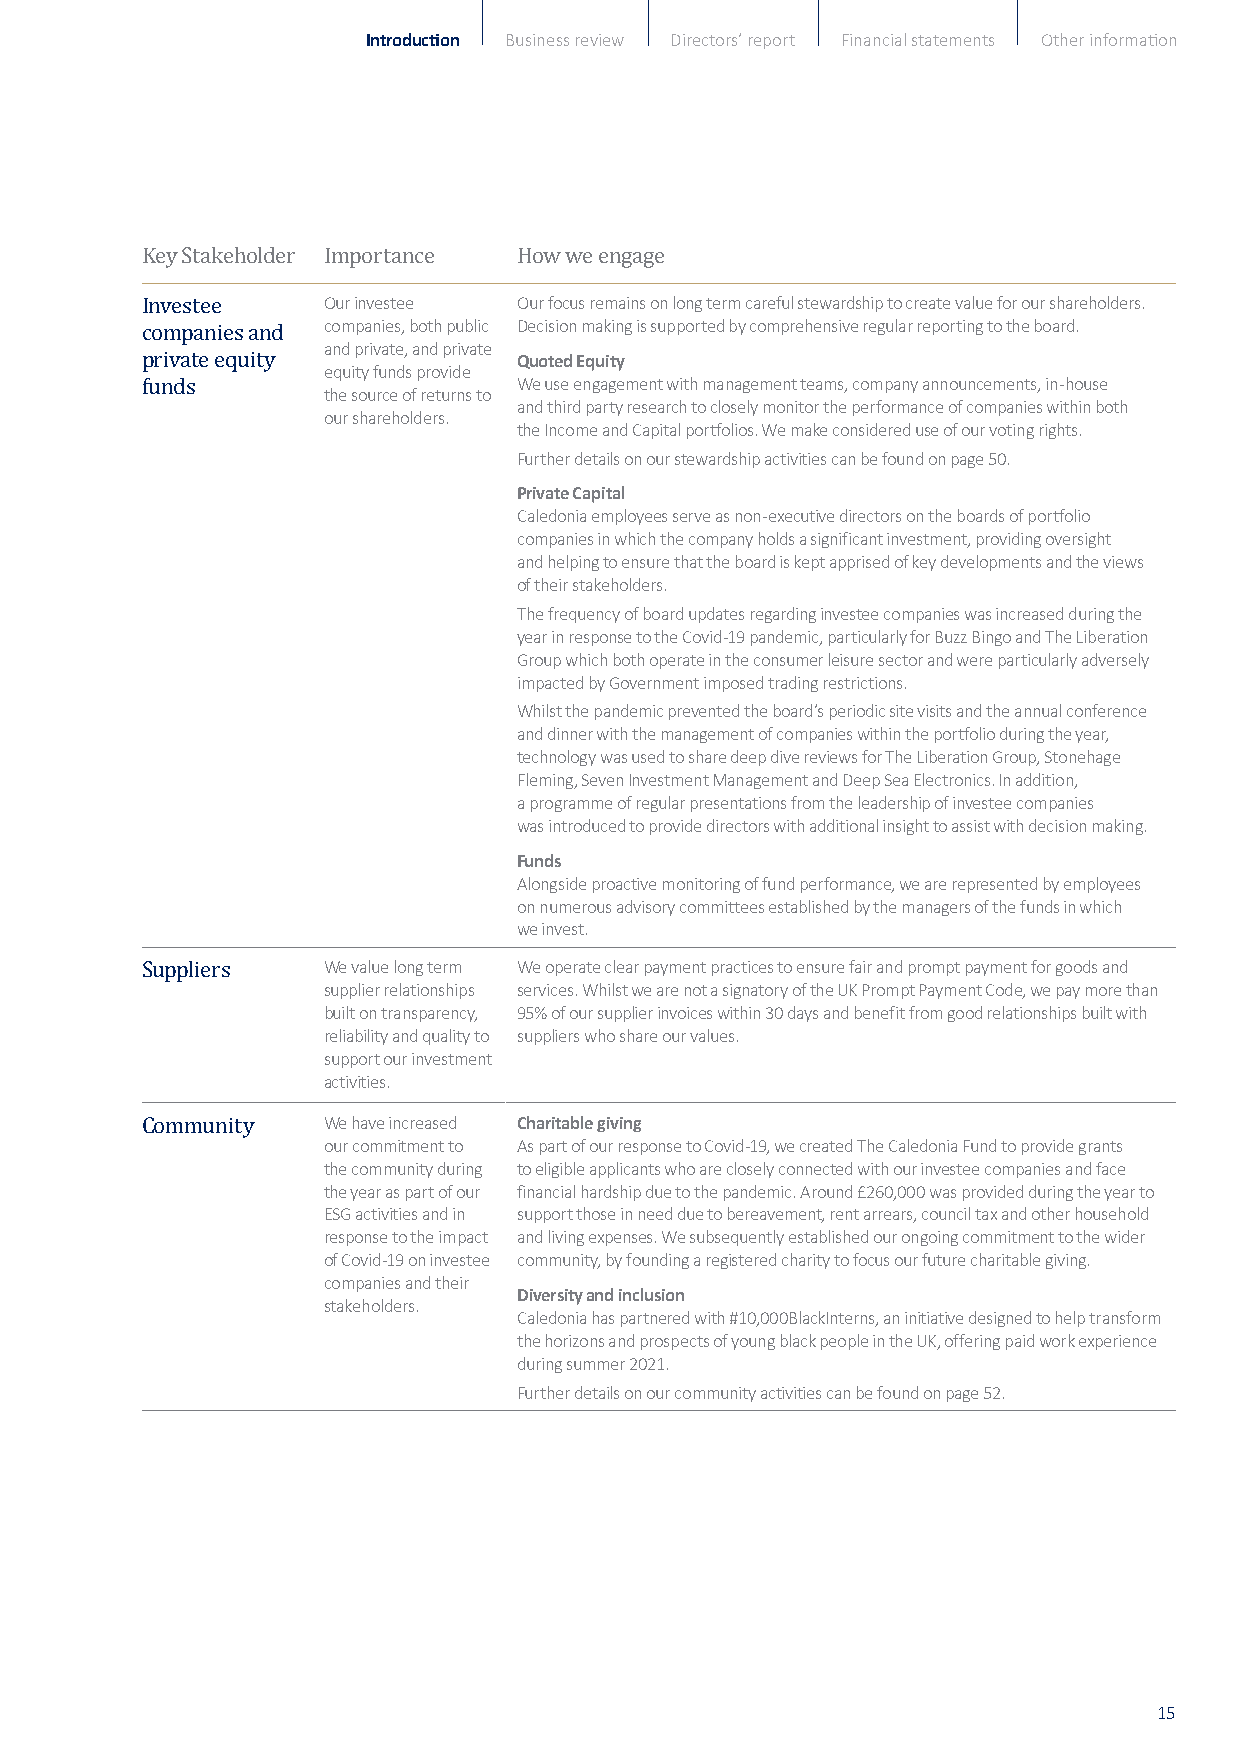
Introduction Business review Directors’ report Financial statements Other information
 Key Stakeholder IOmurp inovretstaenec e HOuorw fo cwuse r eemnaginasg oen long term careful stewardship to create value for our shareholders.
 companies, both public Decision making is supported by comprehensive regular reporting to the board.
 and private, and private
 Investee
 Quoted Equity
 equity funds provide
 companies and            We use engagement with management teams, company announcements, in-house
 the source of returns to
 private equity           and third party research to closely monitor the performance of companies within both
 our shareholders.
 the Income and Capital portfolios. We make considered use of our voting rights.
 funds
 Further details on our stewardship activities can be found on page 50.
 Private Capital
 Caledonia employees serve as non-executive directors on the boards of portfolio
 companies in which the company holds a significant investment, providing oversight
 and helping to ensure that the board is kept apprised of key developments and the views
 of their stakeholders.
 The frequency of board updates regarding investee companies was increased during the
 year in response to the Covid-19 pandemic, particularly for Buzz Bingo and The Liberation
 Group which both operate in the consumer leisure sector and were particularly adversely
 impacted by Government imposed trading restrictions.
 Whilst the pandemic prevented the board’s periodic site visits and the annual conference
 and dinner with the management of companies within the portfolio during the year,
 technology was used to share deep dive reviews for The Liberation Group, Stonehage
 Fleming, Seven Investment Management and Deep Sea Electronics. In addition,
 a programme of regular presentations from the leadership of investee companies
 was introduced to provide directors with additional insight to assist with decision making.
 Funds
 Alongside proactive monitoring of fund performance, we are represented by employees
 on numerous advisory committees established by the managers of the funds in which
 we invest.
 We value long term We operate clear payment practices to ensure fair and prompt payment for goods and
 supplier relationships services. Whilst we are not a signatory of the UK Prompt Payment Code, we pay more tha n
 built on transparency, 95% of our supplier invoices within 30 days and benefit from good relationships built with
 Suppliers
 reliability and quality to suppliers who share our values.
 support our investment
 activities.
 We have increased Charitable giving
 our commitment to As part of our response to Covid-19, we created The Caledonia Fund to provide grants
 the community during to eligible applicants who are closely connected with our investee companies and face
 Community
 the year as part of our financial hardship due to the pandemic. Around £260,000 was provided during the year to
 ESG activities and in support those in need due to bereavement, rent arrears, council tax and other household
 response to the impact and living expenses. We subsequently established our ongoing commitment to the wider
 of Covid-19 on investee community, by founding a registered charity to focus our future charitable giving.
 companies and their
 Diversity and inclusion
 stakeholders.
 Caledonia has partnered with #10,000BlackInterns, an initiative designed to help transform
 the horizons and prospects of young black people in the UK, offering paid work experience
 during summer 2021.
 Further details on our community activities can be found on page 52.
 15